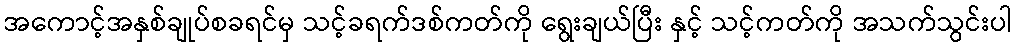
အကောင့်အနှစ်ချုပ်စခရင်မှ သင့်ခရက်ဒစ်ကတ်ကို ရွေးချယ်ပြီး နှင့် သင့်ကတ်ကို အသက်သွင်းပါ